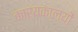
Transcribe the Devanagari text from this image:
कार्यकालयों